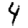
Digit: 4